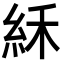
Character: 𥿘